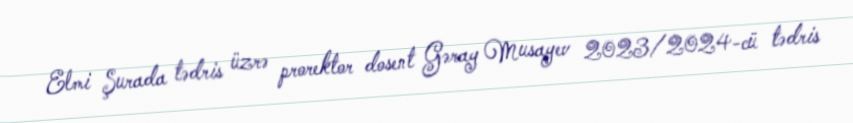
Elmi Şurada tədris üzrə prorektor dosent Gəray Musayev 2023/2024-cü tədris